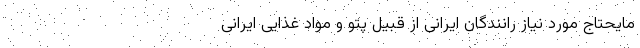
مایحتاج مورد نیاز رانندگان ایرانی از قبیل پتو و مواد غذایی ایرانی